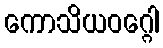
ကောသိယဝဂ္ဂေါ